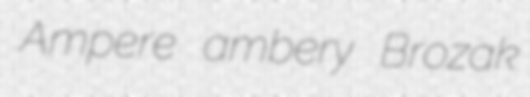
Ampere ambery Brozak